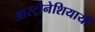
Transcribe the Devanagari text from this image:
आस्ट्रोनेशियायी